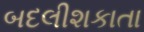
બદલીશકાતા